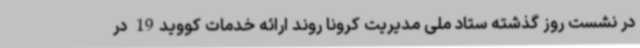
در نشست روز گذشته ستاد ملی مدیریت کرونا روند ارائه خدمات کووید19 در